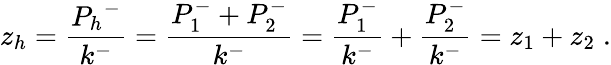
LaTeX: z_{h}=\frac{{P_{h}}^{-}}{k^{-}}=\frac{P_{1}^{-}+P_{2}^{-}}{k^{-}}=\frac{P_{1}^{-}}{k^{-}}+\frac{P_{2}^{-}}{k^{-}}=z_{1}+z_{2}\; .